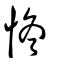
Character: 㤏